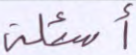
أسئلة